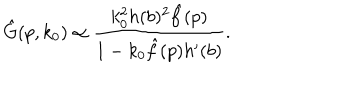
\hat { G } ( p , k _ { 0 } ) \propto { \frac { k _ { 0 } ^ { 2 } h ( b ) ^ { 2 } \hat { f } ( p ) } { 1 - k _ { 0 } \hat { f } ( p ) h ^ { \prime } ( b ) } } .